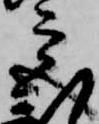
宮